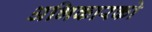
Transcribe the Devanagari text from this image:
अभिकारको